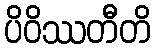
ပိဝိဿတီတိ